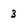
Character: 3